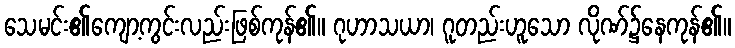
သေမင်း၏ကျော့ကွင်းလည်းဖြစ်ကုန်၏။ ဂုဟာသယာ၊ ဂူတည်းဟူသော လိုဏ်၌နေကုန်၏။